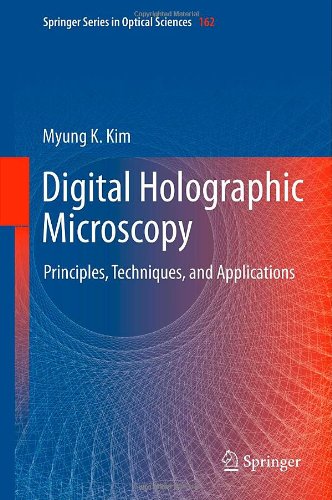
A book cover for Digital Holographic Microscopy: Principles, Techniques, and Applications (Springer Series in Optical Sciences); Myung K. Kim; Science & Math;